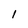
Character: l